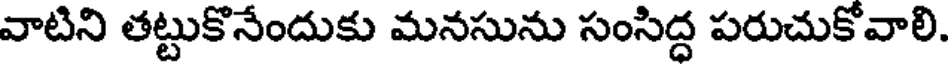
వాటిని తట్టుకొనేందుకు మనసును సంసిద్ధ పరుచుకోవాలి.